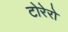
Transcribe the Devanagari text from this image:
टोरेरो